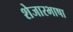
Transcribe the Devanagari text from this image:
शेजारभाषा